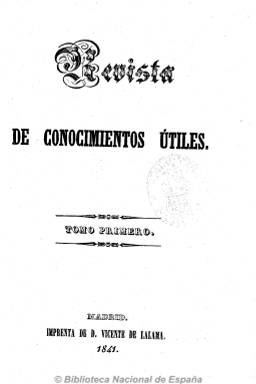
Título: Revista de conocimientos útiles
Colección: Revistas de información general
Ámbito geográfico: Madrid
Lugar de publicación: Madrid
Fechas: 01/01/1841-31/12/1841

Impresa y editada por Vicente Lalama, comenzó en julio de 1841 y aparecía el uno de cada mes en entregas de dieciséis páginas. Publica artículos sobre Administración y Hacienda, de Andrés Rubiano; literatura, de Ángel Saavedra, duque de Rivas, y Santos López Pelegrín, con el seudónimo Abenamar; de ciencias, filosofía y artes, de Juan Peñalver; historia natural, economía rural e industrial, jurisprudencia, agricultura, medicina, mineralogía, bibliografía, industria y maquinismo y una sección miscelánea de asuntos varios. Destaca el artículo sobre la crisis industrial en España, de José Montilla García, y otros sobre historia social, de Manuel Rodrigo, a pesar de que la revista había advertido que no publicaría artículos sobre política. La colección consta de un tomo de 393 páginas. En su último número señala que modificaría su título por el de Boletín industrial (1842).